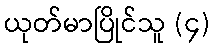
ယုတ်မာပြိုင်သူ (၄)